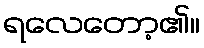
ရလေတော့၏။